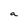
Character: a